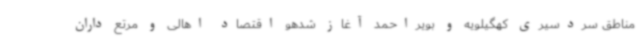
مناطق سردسیری کهگیلویه و بویراحمد آغاز شدهو اقتصاد اهالی و مرتع داران